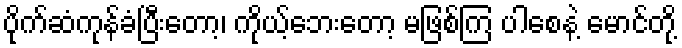
ပိုက်ဆံကုန်ခံပြီးတော့၊ ကိုယ့်ဘေးတော့ မဖြစ်ကြ ပါစေနဲ့ မောင်တို့